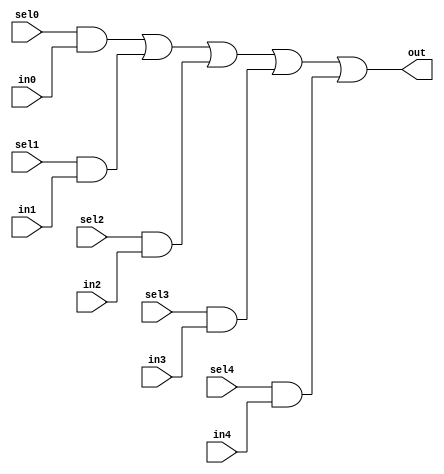
// This program was cloned from: https://github.com/aolofsson/oh
// License: MIT License

//#############################################################################
//# Function: 5:1 one hot mux                                                 #
//#############################################################################
//# Author:   Andreas Olofsson                                                #
//# License:  MIT (see LICENSE file in OH! repository)                        #
//#############################################################################

module oh_mux5 #(parameter N = 1 ) // width of mux
   (
    input 	    sel4,
    input 	    sel3,
    input 	    sel2,
    input 	    sel1,
    input 	    sel0,
    input [N-1:0]  in4,
    input [N-1:0]  in3,
    input [N-1:0]  in2,
    input [N-1:0]  in1,
    input [N-1:0]  in0,
    output [N-1:0] out  //selected data output
    );

   assign out[N-1:0] = ({(N){sel0}} & in0[N-1:0] |
			 {(N){sel1}} & in1[N-1:0] |
			 {(N){sel2}} & in2[N-1:0] |
			 {(N){sel3}} & in3[N-1:0] |
			 {(N){sel4}} & in4[N-1:0]);

endmodule // mux5